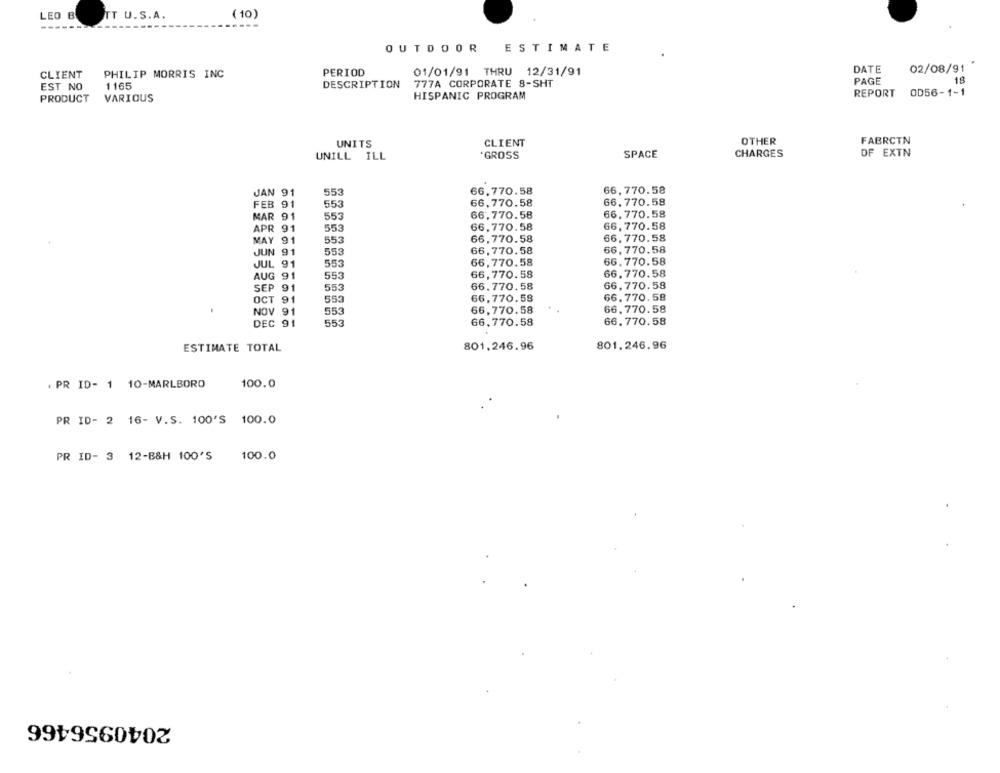
LEO B
TT U.S.A.
(10)
-----
OUTDOOR
ESTIMATE
DATE
02/08/91
CLIENT
PHILIP MORRIS INC
PERIOD
01/01/91 THRU 12/31/91
18
EST NO
1165
DESCRIPTION
777A CORPORATE 8-SHT
PAGE
REPORT
OD56-1-1
PRODUCT
VARIOUS
HISPANIC PROGRAM
FABRCTN
UNITS
CLIENT
OTHER
'GROSS
SPACE
CHARGES
OF EXTN
UNILL
ILL
JAN 91
553
66,770.58
66.770.58
66,770.58
66. 770.58
FEB 91
553
MAR 91
553
66,770.58
66,770.58
66,770.58
APR 91
553
66,770.58
MAY 91
553
66,770.58
66.770.58
JUN 91
553
66,770.58
66,770.58
JUL 91
553
66,770.58
66.770.58
AUG 91
553
66,770.58
66, 770.58
SEP 91
553
66.770.58
66,770.58
OCT 91
553
66,770.58
66. 770.58
.
NOV 91
553
66,770.58
66.770.58
DEC 91
553
66.770.58
66. 770.58
ESTIMATE TOTAL
801.246.96
801.246.96
. PR ID- 1 10-MARLBORO
100.0
PR ID- 2 16- V.S. 100'S 100.0
PR ID- 3 12-B&H 100'S
100.0
2040956466